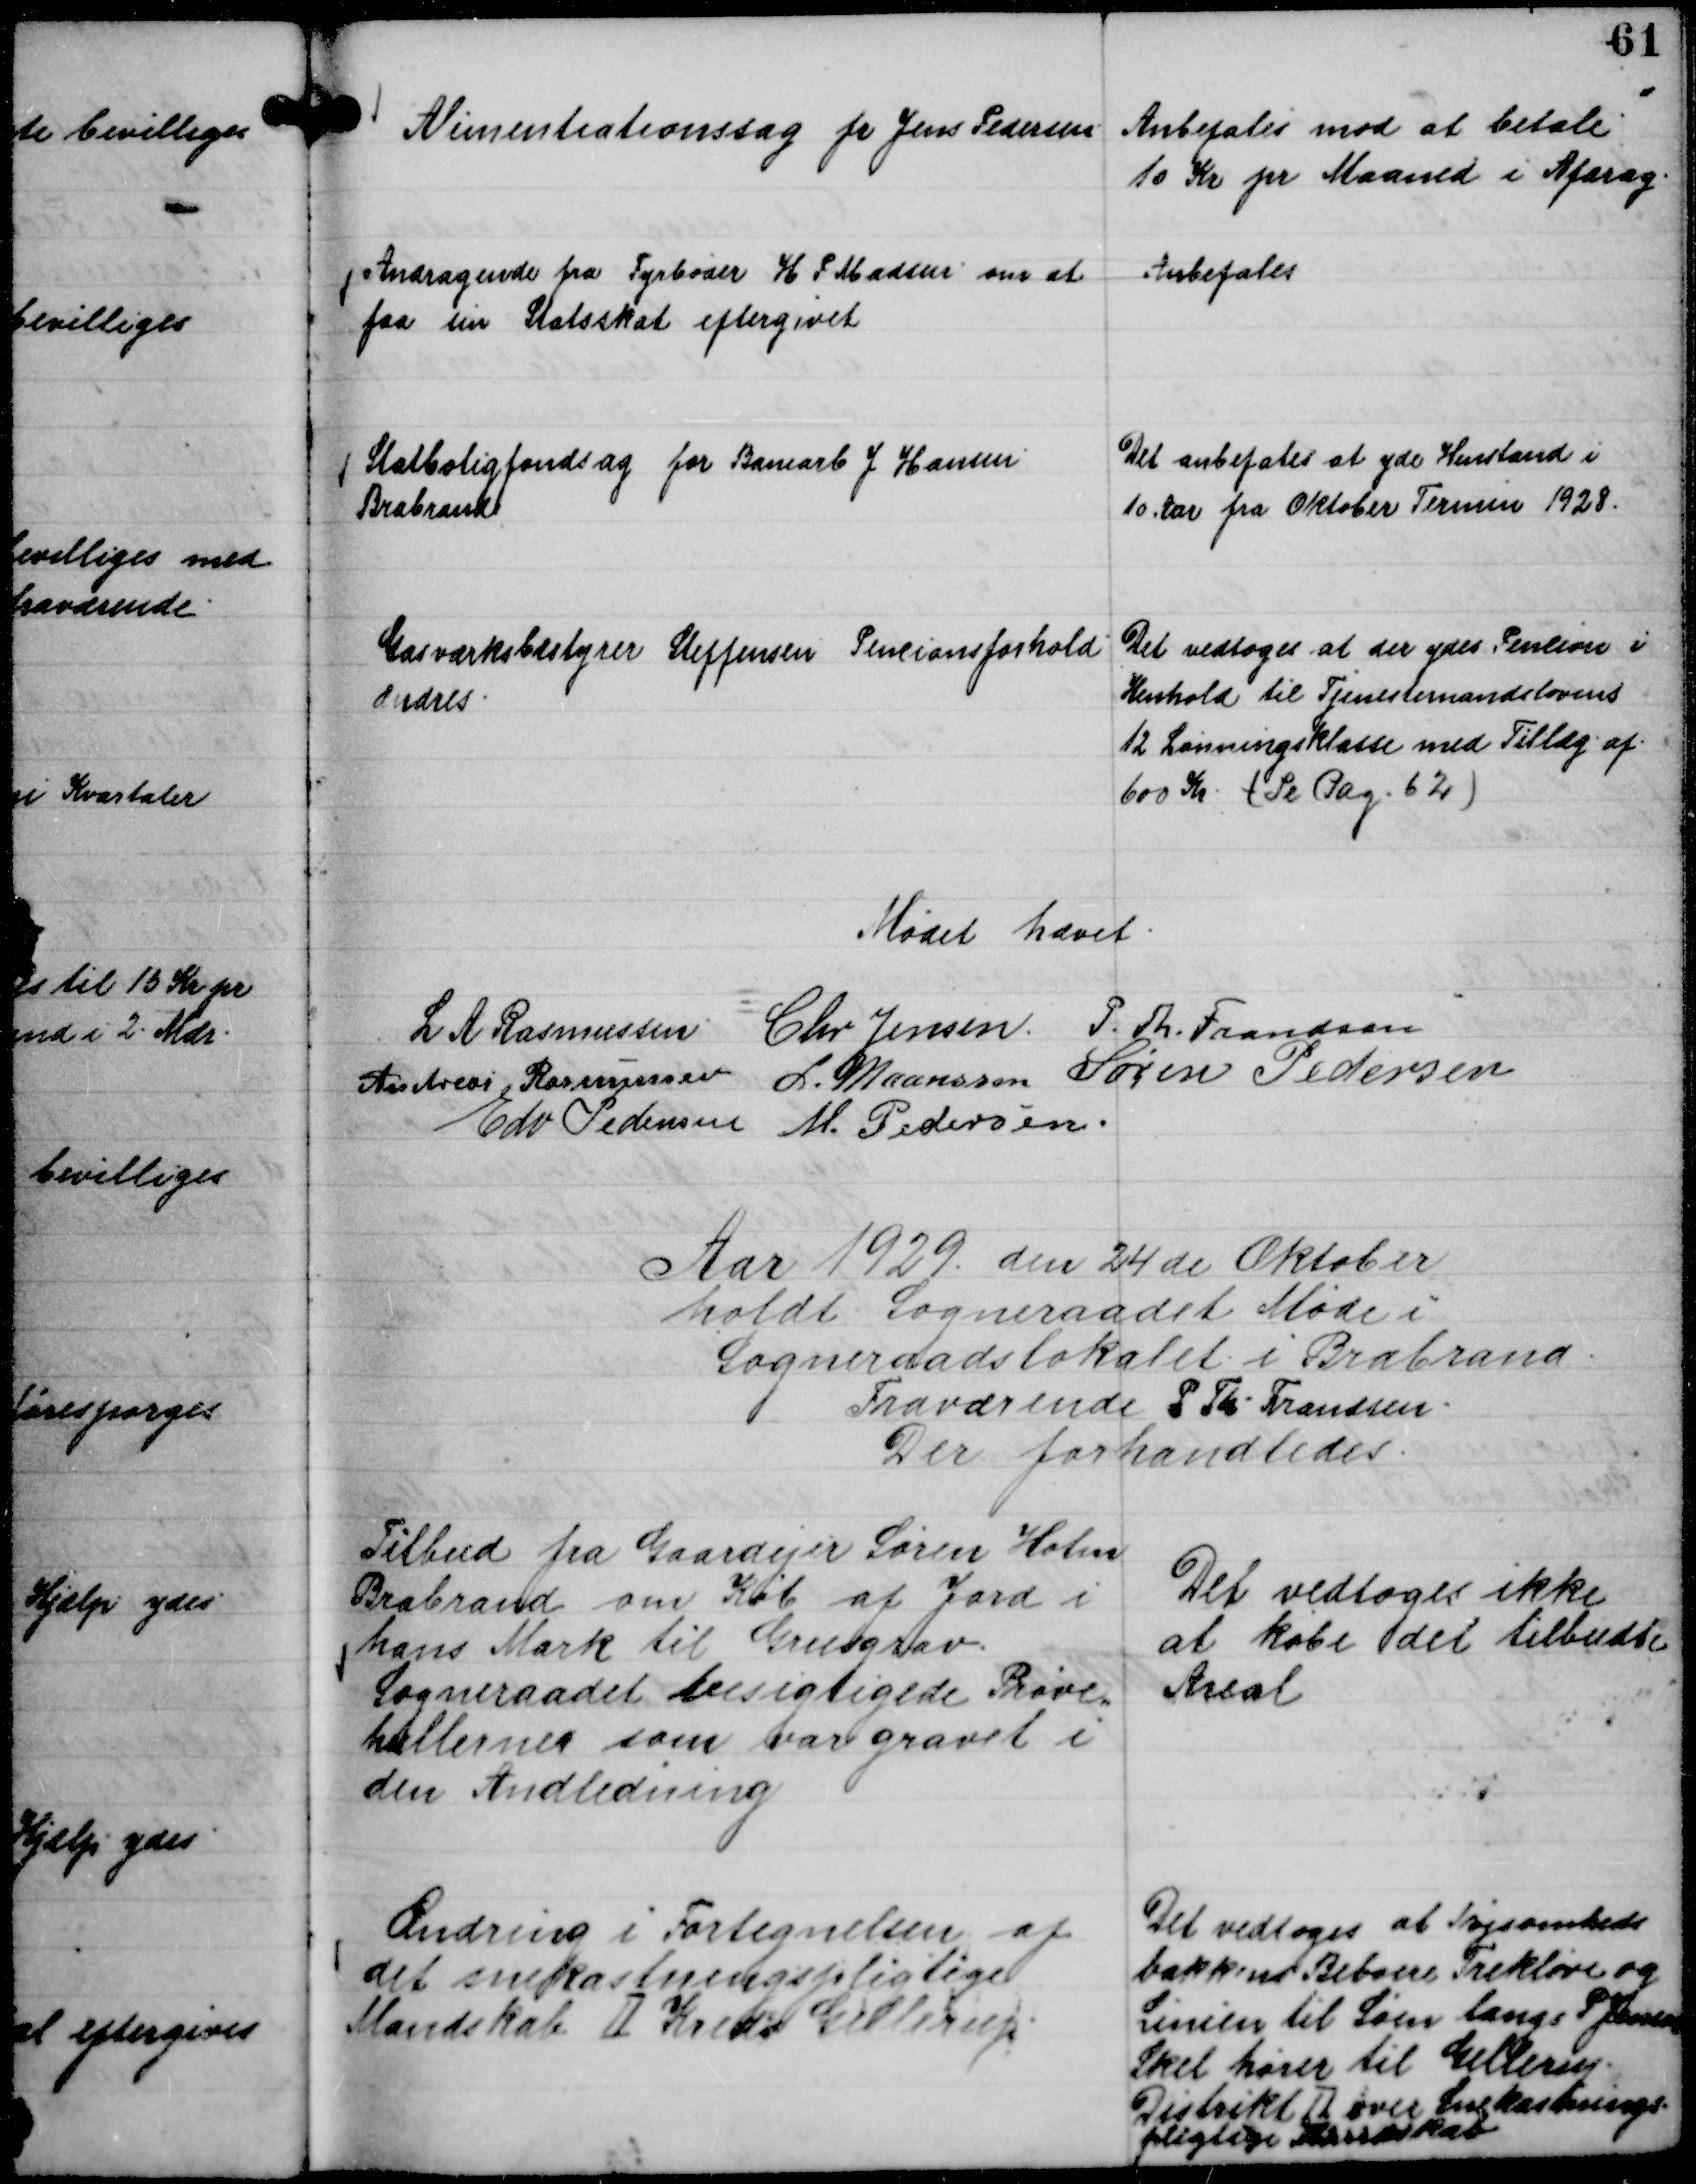
Transskription:
Alimentiationssag fra Jens Pedersen

Anbefales mod at betale
10 Kr pr Maaned i Afdrag.

Andragende fra Fyrbøder H P Madsen om at
faa sin Statsskat eftergivet

Anbefales

Statsboligfondsag fra Banearb J Hansen
Brabrand

Det anbefales at yde Henstand i
10 Aar fra Oktober Termin 1928.

Gasværksbestyrer Steffensen Pencionsforhold
ændres.

Det vedtoges at der ydes Pencion i
Henhold til Tjenestemandslovens
12 Lønningsklasse med Tillæg af
600 Kr. ( Se Pag. 62 )

Mødet hævet.
L A Rasmussen
Chr Jensen.
P. Th. Frandsen
Andreas Rasmussen
L. Maansson
Søren Pedersen
Edv Pedersen
M. Pedersen.

Aar 1929 den 24 de Oktober
holdt Sogneraadet Møde i
Sogneraadslokalet i Brabrand.
Fraværende P Th. Frandsen.
Der forhandledes.

Tilbud fra Gaardejer Søren Holm
Brabrand om Køb af Jord i
hans Mark til Grusgrav.
Sogneraadet besigtede Prøve,,
hullernes som var gravet i
den Anledning

Det vedtoges ikke
at købe det tilbudte
Areal

Ændring i Fortegnelsen af
det snekastningspligtige
Mandskab Ⅱ Kreds Gellerup.

Det vedtoges at Nøjsomheds
bakkens Beboere Trekløve og
Linien til Søen langs P Jensens
Skel hører til Gellerup.
Distrikt Ⅱ over Snekastnings-
pligtige Mandskab